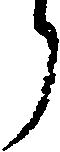
う